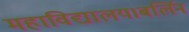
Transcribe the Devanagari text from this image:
महाविद्यालय।बर्लिन